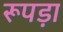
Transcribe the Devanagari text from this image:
रूपड़ा